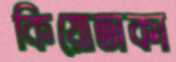
কিয়োতাকা